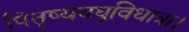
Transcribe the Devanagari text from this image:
पितृष्यवघुविधात्रा।